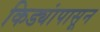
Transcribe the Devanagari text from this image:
किड्यांपासून